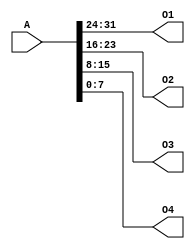
`timescale 1ns / 1ps
//////////////////////////////////////////////////////////////////////////////////
// Company: 
// Engineer: 
// 
// Design Name: 
// Module Name:    splitter 
// Project Name: 
// Target Devices: 
// Tool versions: 
// Description: 
//
// Dependencies: 
//
// Revision: 
// Revision 0.01 - File Created
// Additional Comments: 
//
//////////////////////////////////////////////////////////////////////////////////
module splitter(
    input [31:0] A,
    output [7:0] O1,
    output [7:0] O2,
    output [7:0] O3,
    output [7:0] O4
    );

assign O1 = A[31:24];

assign O2 = A[23:16];

assign O3 = A[15:8];

assign O4 = A[7:0];

endmodule